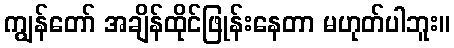
ကျွန်တော် အချိန်ထိုင်ဖြုန်းနေတာ မဟုတ်ပါဘူး။